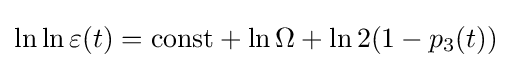
\ln \ln \varepsilon (t)={\text{const}}+\ln \Omega +\ln 2(1-p_{3}(t))